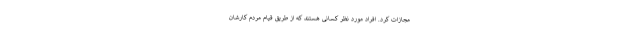
مجازات کرد. افراد مورد نظر کسانی هستند که از طریق قیام مردم کارشان